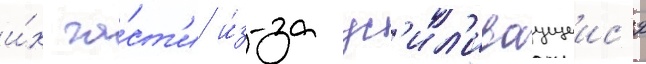
и́х ча́ст'и и́з-за ус'ил'иваущеис'я